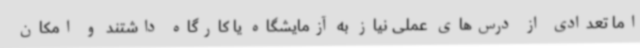
اما تعدادی از درس‌های عملی نیاز به آزمایشگاه یا کارگاه داشتند و امکان